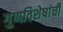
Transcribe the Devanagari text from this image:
गु्णविशेषांची